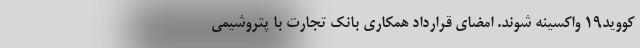
کووید۱۹ واکسینه شوند. امضای قرارداد همکاری بانک تجارت با پتروشیمی